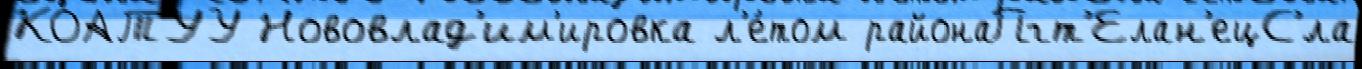
КОАТУУ Нововлад'им'ировка л'е́том районаПгт'Елан'ецС'́ла